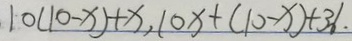
1 0 ( 1 0 - x ) + x , 1 0 x + ( 1 0 - x ) + 3 6 .